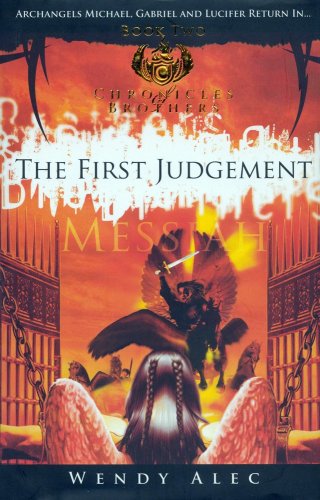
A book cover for Messiah: The First Judgement (Chronicles Of Brothers: Volume 2): Book Two; Wendy Alec; Christian Books & Bibles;